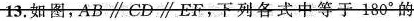
13.如图，AB\parallel CD\parallel EF，下列各式中等于180°的